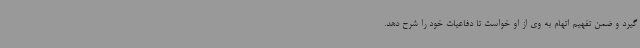
گیرد و ضمن تفهیم اتهام به وی از او خواست تا دفاعیات خود را شرح دهد.